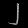
Digit: ၂